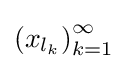
\left(x_{l_{k}}\right)_{k=1}^{\infty }